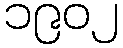
၁၉၀၂